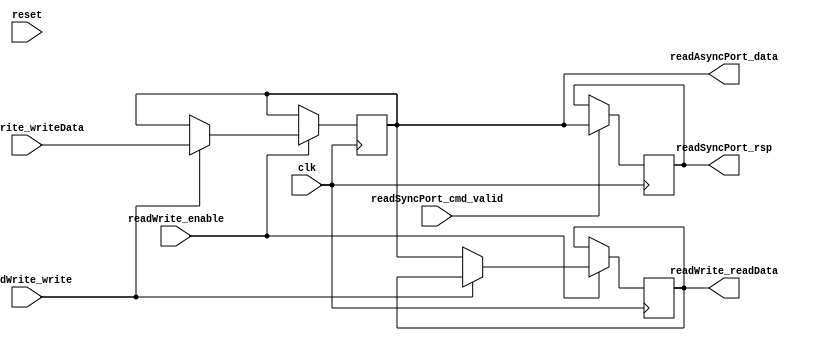
// Generator : SpinalHDL v1.4.3    git head : adf552d8f500e7419fff395b7049228e4bc5de26
// Component : unnamed
// Git hash  : adf552d8f500e7419fff395b7049228e4bc5de26



module unnamed (
  input      [7:0]    readWrite_writeData,
  input               readWrite_enable,
  input               readWrite_write,
  output     [7:0]    readWrite_readData,
  input               readSyncPort_cmd_valid,
  output     [7:0]    readSyncPort_rsp,
  output     [7:0]    readAsyncPort_data,
  input               clk,
  input               reset
);
  wire       [7:0]    _zz_1;
  reg        [7:0]    _zz_2 = 8'b00000000;
  reg        [7:0]    _zz_3;
  reg        [7:0]    _zz_4;

  assign readWrite_readData = _zz_3;
  assign readSyncPort_rsp = _zz_4;
  assign readAsyncPort_data = _zz_1;
  assign _zz_1 = _zz_2;
  always @ (posedge clk) begin
    if(readWrite_enable)begin
      if(readWrite_write)begin
        _zz_2 <= readWrite_writeData;
      end else begin
        _zz_3 <= _zz_1;
      end
    end
    if(readSyncPort_cmd_valid)begin
      _zz_4 <= _zz_1;
    end
  end


endmodule